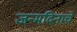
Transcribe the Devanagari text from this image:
जन्मदिनाचे